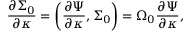
{ \frac { \partial \Sigma _ { 0 } } { \partial \kappa } } = \left( { \frac { \partial \Psi } { \partial \kappa } } , \Sigma _ { 0 } \right) = \Omega _ { 0 } { \frac { \partial \Psi } { \partial \kappa } } ,